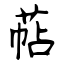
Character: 萜